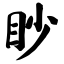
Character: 眇